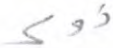
ذوي